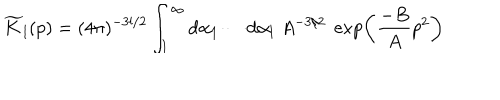
\widetilde { K } _ { l } ( p ) = ( 4 \pi ) ^ { - 3 l / 2 } \int _ { 1 } ^ { \infty } \mathrm { d } \alpha _ { 1 } \cdots \mathrm { d } \alpha _ { l } \; A ^ { - 3 / 2 } \; \exp \left( \frac { - B } { A } p ^ { 2 } \right)